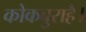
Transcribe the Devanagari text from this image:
कोकबुराहै।